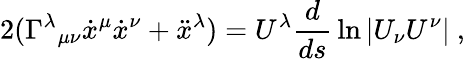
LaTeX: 2(\Gamma^{\lambda}{}_{\mu\nu}{\dot{x}}^{\mu}{\dot{x}}^{\nu}+{\ddot{x}}^{\lambda})=U^{\lambda}{\frac{d}{ds}}\ln|U_{\nu}U^{\nu}|\ ,